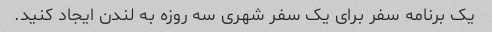
یک برنامه سفر برای یک سفر شهری سه روزه به لندن ایجاد کنید.